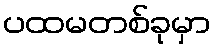
ပထမတစ်ခုမှာ